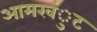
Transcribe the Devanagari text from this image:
आमखंुट